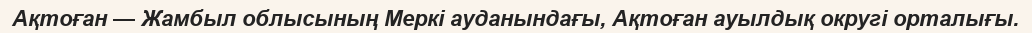
Ақтоған — Жамбыл облысының Меркі ауданындағы, Ақтоған ауылдық округі орталығы.